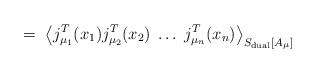
\begin{align*}=\;\left\langle j_{\mu _1}^T(x_1)j_{\mu _2}^T(x_2)\;\ldots\;j_{\mu_n}^T(x_n)\right\rangle _{S_{{\rm dual}}[A_\mu]}\;\end{align*}